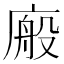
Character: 𭙩